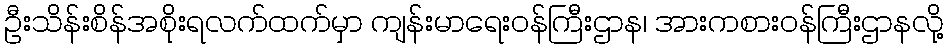
ဦးသိန်းစိန်အစိုးရလက်ထက်မှာ ကျန်းမာရေးဝန်ကြီးဌာန၊ အားကစားဝန်ကြီးဌာနလို့